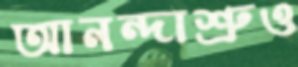
আনন্দাশ্রুও